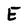
Character: E